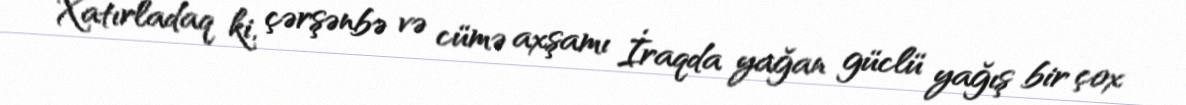
Xatırladaq ki, çərşənbə və cümə axşamı İraqda yağan güclü yağış bir çox